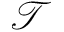
\mathcal { T }